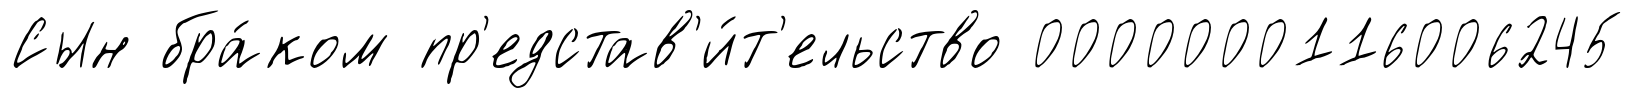
Сын бра́ком пр'едстав'и́т'ельство 0000000116006245